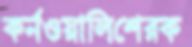
কর্নওয়ালিশেরক